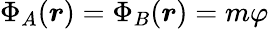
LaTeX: \Phi_{A}(\boldsymbol{r})=\Phi_{B}(\boldsymbol{r})=m\varphi